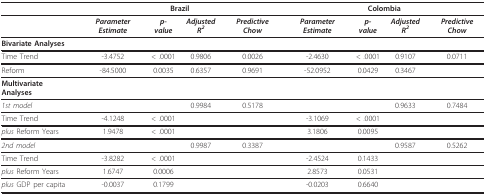
|  | <COLSPAN=4> Brazil | <COLSPAN=4> Colombia |
 | --- | --- | --- | --- | --- | --- | --- | --- | --- |
 |  | Parameter Estimate | p-value | Adjusted R2 | Predictive Chow | Parameter Estimate | p-value | Adjusted R2 | Predictive Chow |
 | Bivariate Analyses |  |  |  |  |  |  |  |  |
 | Time Trend | -3.4752 | < .0001 | 0.9806 | 0.0026 | -2.4630 | < .0001 | 0.9107 | 0.0711 |
 | Reform | -84.5000 | 0.0035 | 0.6357 | 0.9691 | -52.0952 | 0.0429 | 0.3467 |  |
 | Multivariate Analyses |  |  |  |  |  |  |  |  |
 | 1st model |  |  | 0.9984 | 0.5178 |  |  | 0.9633 | 0.7484 |
 | Time Trend | -4.1248 | < .0001 |  |  | -3.1069 | < .0001 |  |  |
 | plus Reform Years | 1.9478 | < .0001 |  |  | 3.1806 | 0.0095 |  |  |
 | 2nd model |  |  | 0.9987 | 0.3387 |  |  | 0.9587 | 0.5262 |
 | Time Trend | -3.8282 | < .0001 |  |  | -2.4524 | 0.1433 |  |  |
 | plus Reform Years | 1.6747 | 0.0006 |  |  | 2.8573 | 0.0531 |  |  |
 | plus GDP per capita | -0.0037 | 0.1799 |  |  | -0.0203 | 0.6640 |  |  |